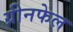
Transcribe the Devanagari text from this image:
ग्रीनफेल